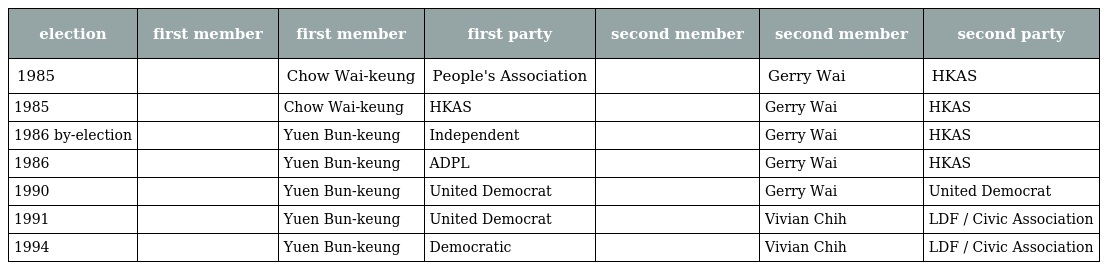
| election | first member | first member | first party | second member | second member | second party |
 | --- | --- | --- | --- | --- | --- | --- |
 | 1985 |  | Chow Wai-keung | People's Association |  | Gerry Wai | HKAS |
 | 1985 |  | Chow Wai-keung | HKAS |  | Gerry Wai | HKAS |
 | 1986 by-election |  | Yuen Bun-keung | Independent |  | Gerry Wai | HKAS |
 | 1986 |  | Yuen Bun-keung | ADPL |  | Gerry Wai | HKAS |
 | 1990 |  | Yuen Bun-keung | United Democrat |  | Gerry Wai | United Democrat |
 | 1991 |  | Yuen Bun-keung | United Democrat |  | Vivian Chih | LDF / Civic Association |
 | 1994 |  | Yuen Bun-keung | Democratic |  | Vivian Chih | LDF / Civic Association |